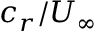
c _ { r } / U _ { \infty }